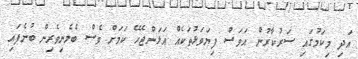
އަދި މިކަމުގައި ސަރުކާރުން އަވަސް ފިޔަވަޅުތަކެއް އަޅަންޖެހޭ ކަމަށް ވެސް ބެލެނިވެރިން ބުނެފައި